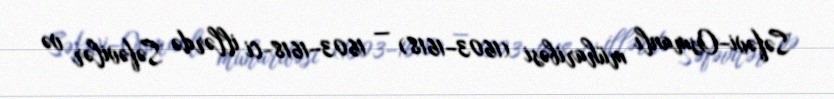
Səfəvi–Osmanlı müharibəsi (1603–1618) — 1603–1618-ci illərdə Səfəvilər və